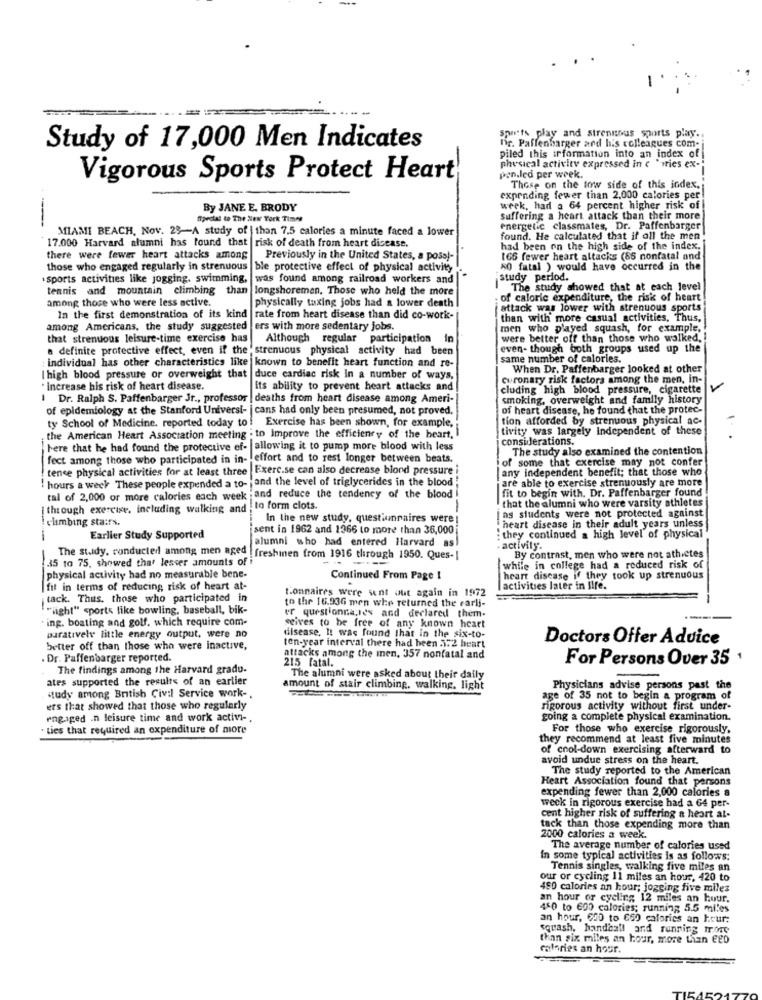
spurts play and strenuous sports play ..
Study of 17,000 Men Indicates
fir. Paffenbarger and his colleagues com-
piled this information into an index of
physical activity expressed in < " ries ex-
Vigorous Sports Protect Heart
pen.led per week.
Those on the tow side of this index.
expending fewer than 2,000 calories per
By JANE E. BRODY
week, had a 64 percent higher risk of
fipecial to The New York Times
Suffering a heart attack than their more
----
MIAMI BEACH. Nov. 29-A study of | than 7.5 calories a minute faced a lower
energetic classmates, Dr. Paffenbarger
17.000 Harvard alumni has found that risk of death from heart disease.
found. He calculated that if all the men
had been on the high side of the index.
there were fewer heart attacks among Previously in the United States, a poss)-
166 fewer heart altacks (86 nonfatal and
those who engaged regularly in strenuous ble protective effect of physical activity
50 fatal ) would have occurred in the
sports activities like jogging, swimming, was found among railroad workers and
study period.
tennis and mountain climbing than
longshoreman, Those who held the more
The study showed that at each level
among those who were less active.
physically taxing jobs had a lower death
. of caloric expenditure, the risk of heart
attack was lower with strenuous sports
In the first demonstration of its kind
rate from heart disease than did co-work-
than with more casual activities. Thus,
among Americans, the study suggested ers with more sedentary jobs.
men who played squash, for example,
that strenuous leisure-time exercise has
Although regular participation in
were better off than those who walked,
a definite protective effect, even if the 'strenuous physical activity had been
even- though both groups used up the
same number of calories.
: individual has other characteristics like known to benefit heart function and re-
When Dr. Paffenbarger looked at other
I high blood pressure or overweight that
duce cardiac risk in a number of ways,
Guronary risk factors among the men, in-
· Increase his risk of heart disease.
its ability to prevent heart attacks and
cluding high blood pressure, cigarette
Dr. Ralph S. Paffenbarger Jr ., professor | deaths from heart disease among Ameri-
smoking, overweight and family history
of epidemiology at the Stanford Universi- | cans had only been presumed, not proved.
of heart disease, he found that the protec-
ty School of Medicine, reported today to ! Exercise has been shown, for example,
tion afforded by strenuous physical ac-
tivity was largely Independent of these
the American Heart Association meeting . to Improve the efficiency of the heart,
considerations.
1.
here that he had found the protective ef- allowing it to pump more blood with less
The study also examined the contention
fect among those who participated in in- effort and to rest longer between beats.
of some that exercise may not confer
tence physical activities for at least three |Exerc.se can also decrease blond pressure
any independent benefit; that those who
hours a week These people expended a to- jand the level of triglycerides in the blood "
are able to exercise strenuously are more
tal of 2,000 or more calories each week ;and reduce the tendency of the blood
fit to begin with. Dr. Paffenbarger found
[ through exercise, including walking and
to form clots.
that the alumni who were varsity athletes
climbing stairs.
In the new study, questionnaires were
jas students were not protected against
sent in 1962 and 1366 to more than 36,000
heart disease in their adult years unless
Earlier Study Supported
alumni who had entered Harvard as
: they continued a high level of physical
activity.
.35 to 75. showed that lesser amounts of i
-
The study, conducted among men aged | freshinen from 1916 through 1950. Ques-|
By contrast, men who were not athictes
while in college had a reduced risk of
physical activity had no measurable bene-
Continued From Page 1
heart disease if they took up strenuous
fit in terms of reducing risk of heart at-
Lonnaires were sent out again in 1972
activities later in life.
tack. Thus, those who participated in
""light" sports like bowling, baseball, bik-
to the 16.93G men whe returned the rarli-
. ing. boating and golf, which require com-
er questionna,les and declared them.
seives to be free of any known heart
paratively little energy output, were no
disease. It was found that in the six-to-
Doctors Offer Aduice
better off than those who were inactive,
ten-year interval there had been 5:2 beart
. Dr. Paffenbarger reported.
attacks among the inen, 357 nonfatal and
215 fatal.
For Persons Over 35 1
The findings among the Harvard gradu.
ates supported the results of an earlier
The alumni were asked about their daily
amount of stair climbing, walking, light
Physicians advise persons past the
study among British Civil Service work -.
age of 35 not to begin a program of
ers that showed that those who regularly
rigorous activity without first under-
eng.iged .n leisure time and work activi -.
going a complete physical examination.
· ties that required an expenditure of more
For those who exercise rigorously.
they recommend at least five minutes
of cool-down exercising afterward to
avoid undue stress on the heart.
The study reported to the American
Heart Association found that persons
expending fewer than 2,000 calories a
weck in rigorous exercise had a 64 per-
cent higher risk of suffering a heart al-
tack than those expending more than
2000 calories a week.
The average number of calories used
In some typical activities is as follows:
Tennis singles, walking five miles an
our or cycling 11 miles an hour, 420 to
490 calories an hour; jogging five miles
an hour or cycling 12 miles an hour.
450 to 600 calories; running 5.5 miles
an hour, 650 to 660 calories an hour:
squash, handball and running more
than six miles an hour, more than GED
calories an hour.